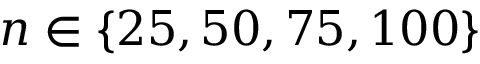
n \in \{ 2 5 , 5 0 , 7 5 , 1 0 0 \}